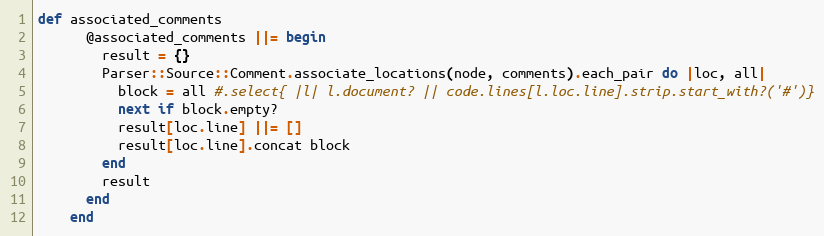
Language: Ruby
def associated_comments
      @associated_comments ||= begin
        result = {}
        Parser::Source::Comment.associate_locations(node, comments).each_pair do |loc, all|
          block = all #.select{ |l| l.document? || code.lines[l.loc.line].strip.start_with?('#')}
          next if block.empty?
          result[loc.line] ||= []
          result[loc.line].concat block
        end
        result
      end
    end